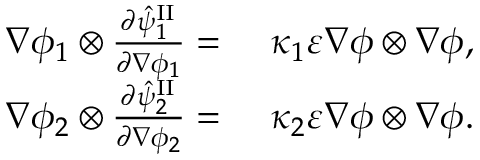
\begin{array} { r l } { \nabla \phi _ { 1 } \otimes \frac { \partial \hat { \psi } _ { 1 } ^ { \mathrm { I I } } } { \partial \nabla \phi _ { 1 } } = } & { { } ~ \kappa _ { 1 } \varepsilon \nabla \phi \otimes \nabla \phi , } \\ { \nabla \phi _ { 2 } \otimes \frac { \partial \hat { \psi } _ { 2 } ^ { \mathrm { I I } } } { \partial \nabla \phi _ { 2 } } = } & { { } ~ \kappa _ { 2 } \varepsilon \nabla \phi \otimes \nabla \phi . } \end{array}